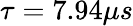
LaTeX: \tau=7.94\mu s